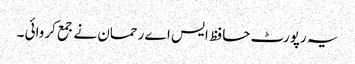
یہ رپورٹ حافظ ایس اے رحمان نے جمع کروائی ۔